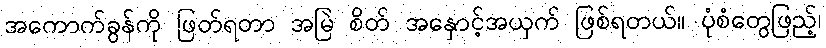
အကောက်ခွန်ကို ဖြတ်ရတာ အမြဲ စိတ် အနှောင့်အယှက် ဖြစ်ရတယ်။ ပုံစံတွေဖြည့်၊